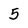
Character: 5